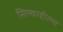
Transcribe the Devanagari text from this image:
सिल्वरहील्स